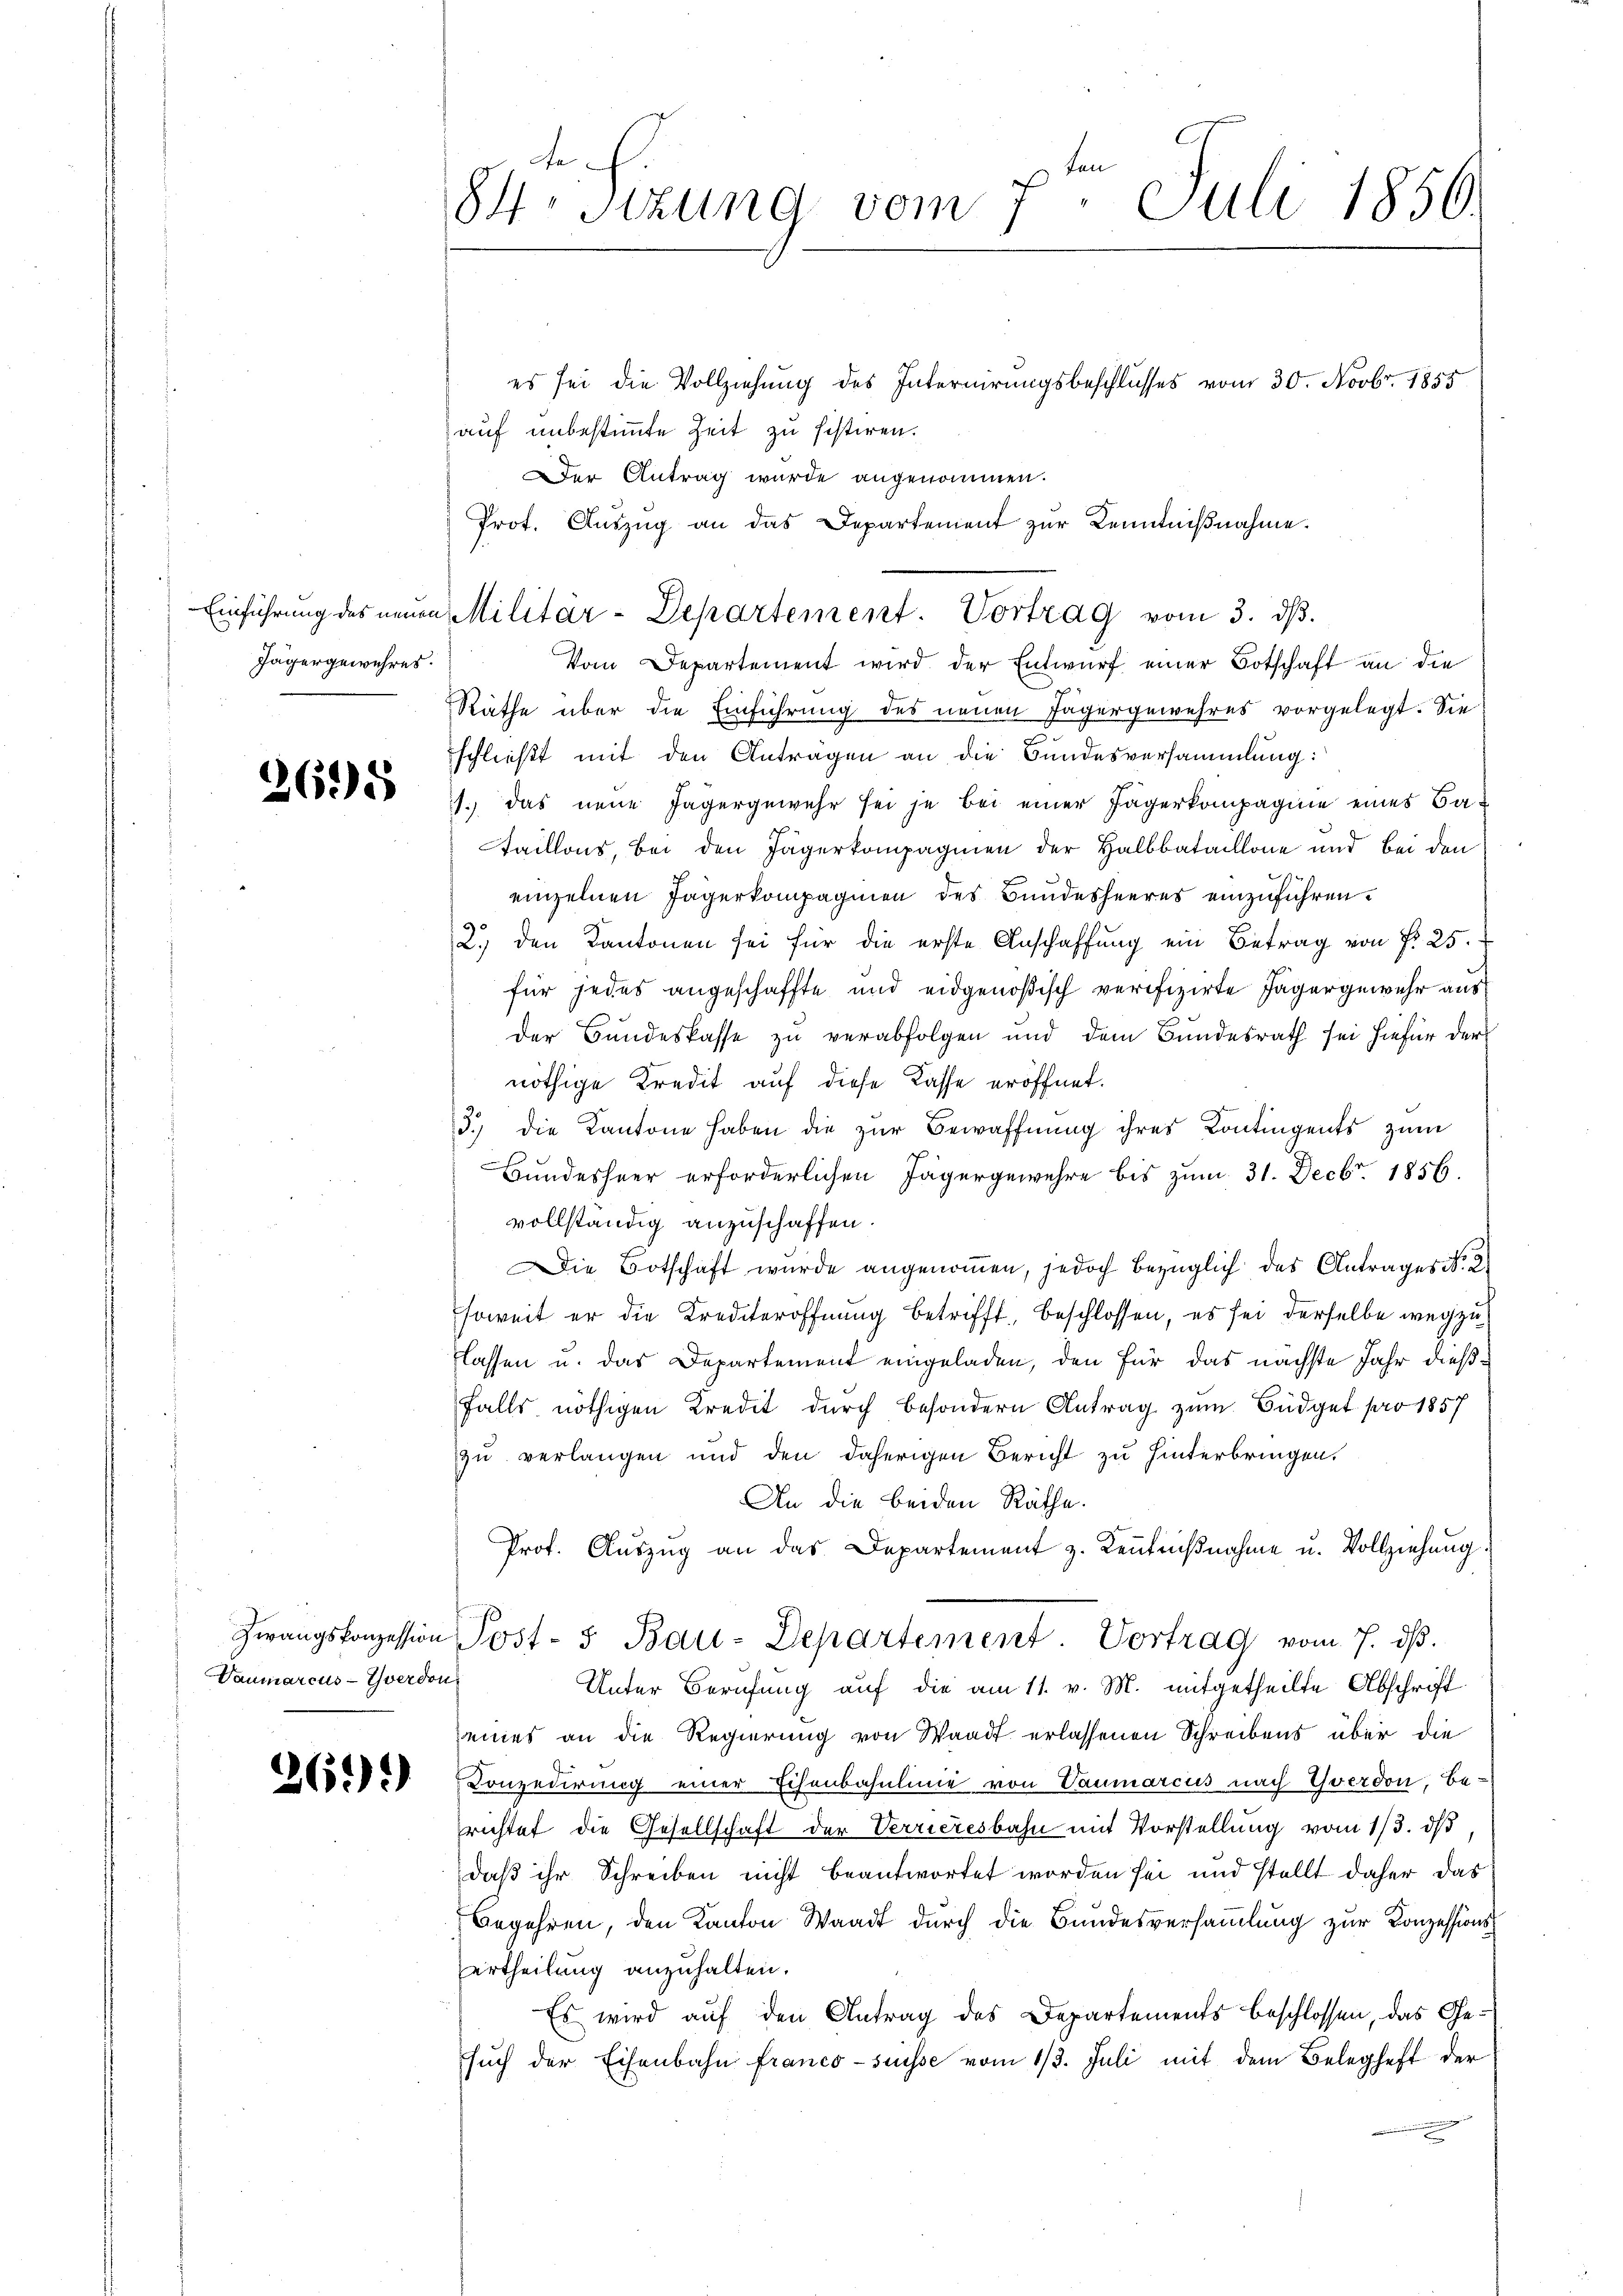
Einführung des neuen
Jägergewahres.

2695

Vaumarcus-Yverdon

261).

te
84. Sitzung vom 7. Juli 1856.

es sei die Vollziehung des Internirungsbeschlusses vom 30. Novbr. 1855
auf unbestimmte Zeit zu sistiren.
Der Antrag wurde angenommen.
Prot. Auszug an das Departement zur Kenntnißnahme.

Militär-Departement. Vortrag vom 3. dβ.

Vom Departement wird der Entwurf einer Botschaft an die
Räthe über die Einführung des neuen Jägergewehres vorgelegt. Sie
schließt mit den Anträgen an die Bundesversammlung:
1.) das neue Jagergewehr sei je bei einer Jägerkompagnie eines Bataillons, bei den Jägerkompagnien der Halbbataillone und bei den
einzelnen Jägerkompagnien des Bundesheeres einzuführen.
2.) den Kantonen sei für die erste Anschaffŭng ein Betrag von P. 25.
für jedes angeschaffte und eidgenößisch verifizirte Jägergewehr aus
Der Bandeskasse zu verabfolgen und dem Bundesrath sei hiefür der
nöthige Kredit auf diese Kasse eröffnet.
3.) die Kantone haben die zur Bewaffnung ihres Contingents zum
Bundesheer erforderlichen Jägergewehre bis zum 31. Decbr. 1856.
vollständig anzuschaffen.
Die Botschaft wurde angenoṁen, jedoch bezüglich des Antrages N. 2
soweit er die Krediteröffnung betrifft, beschlossen, es sei derselbe wegzu
lassen u. das Departement eingeladen, den für das nächste Jahr dießfalls nöthigen Kredit durch besondern Antrag zum Büdget pro 1857
zu verlangen und den daherigen Bericht zu hinterbringen.
An die beiden Räthe.
Prof. Aŭszŭg an das Departement z. Keṅtniβnahme u. Vollziehung.
Zwangskonzession Post- 5 Bau-Departement. Vortrag vom 7. dβ.
Unter Berufung auf die am 11. v. M. mitgetheilte Abschrift
seines an die Regierung von Waadt erlassenen Schreibens über die
Conzedirung einer Echenbahnlinie von Vaumarcus nach Yverdon, Be-
richtet die Gesellschaft der Verrieresbahn mit Vorstellung vom 1/3. ds
daß ihr Schreiben nicht beantwortet worden sei und stellt daher das
Begehren, den Kanton Waadt durch die Bundesversammlung zur Konzessionsertheilung anzuhalten.
Es wird auf den Antrag des Departements beschlossen, das Gesŭch der Eisenbahn franco-süsse vom 13. Juli mit dem Beleghaft der
e